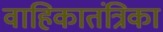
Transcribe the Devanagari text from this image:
वाहिकातंत्रिका